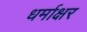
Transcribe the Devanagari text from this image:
धर्माक्षर